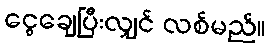
ငွေချေပြီးလျှင် လစ်မည်။